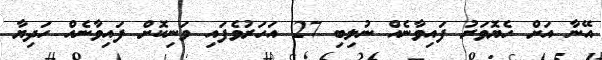
އޭނާ އަށް ހެޔޮވަރު ފައިވާނެއް ނުލިބި 27 އަހަރުވެފައި ވަނިކޮށް ފައިވާނެއް ހަދިޔާ